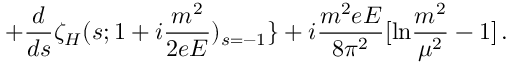
\nonumber + \frac { d } { d s } \zeta _ { H } ( s ; 1 + i \frac { m ^ { 2 } } { 2 e E } ) _ { s = - 1 } \} + i \frac { m ^ { 2 } e E } { 8 \pi ^ { 2 } } [ \mathrm { l n } \frac { m ^ { 2 } } { \mu ^ { 2 } } - 1 ] \, .